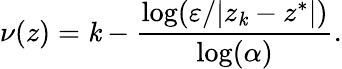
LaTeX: \nu(z)=\mathit{k}-{\frac{{\log(\varepsilon/|z_{\mathit{k}}-z^{*}|)}}{{\log(\alpha)}}}.